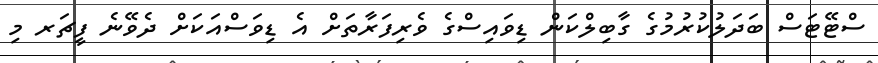
ސްޓޭޓަސް ބަދަލުކުރުމުގެ ގާބިލްކަން ޑިވައިސްގެ ވެރިފަރާތަށް އެ ޑިވަސްއަކަށް ދެވޭނެ ފީޗަރ މި